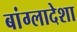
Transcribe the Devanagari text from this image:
बांग्लादेशा